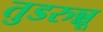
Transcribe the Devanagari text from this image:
तुडरुन्नू